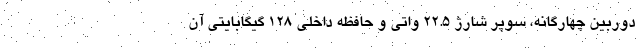
دوربین چهارگانه، سوپر شارژ 22.5 واتی و حافظه داخلی 128 گیگابایتی آن